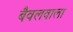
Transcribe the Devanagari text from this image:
बैवलवाला